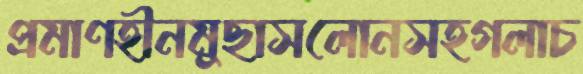
প্রমাণহীনমুছাসলোনসহগলাচ